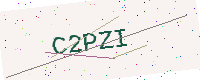
Text: C2PZI